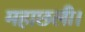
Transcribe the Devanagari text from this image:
महाछली।